Vaccination North-Western Provinces 1866-1877 - 1866-1877
Year: 1866
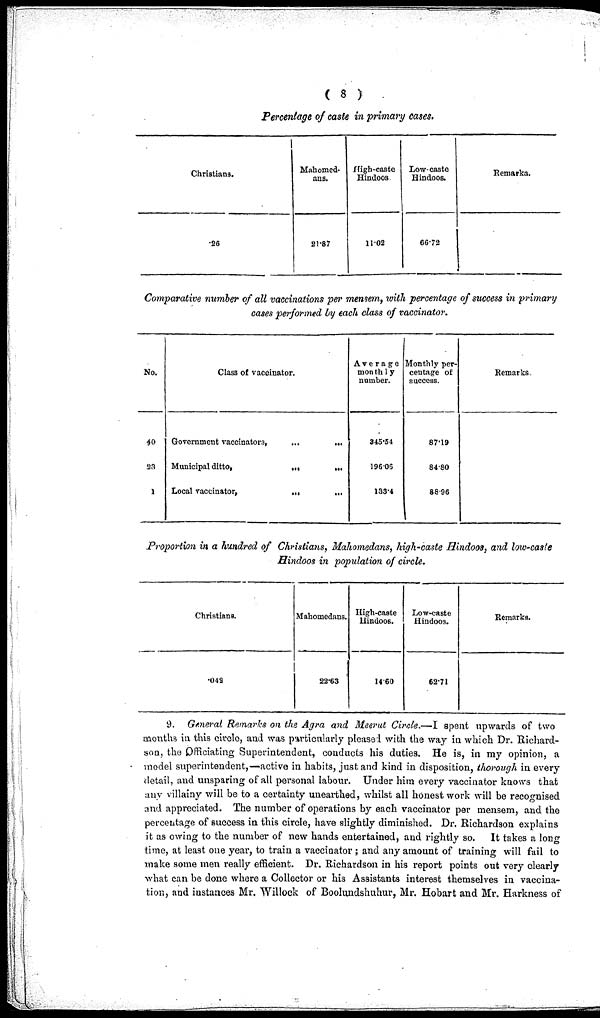
( 8 )
Percentage of caste in primary cases.
Christians.
.26
Mahome-
dous.
21.87
High-caste
Hindoos.
11.02
Low-caste
Hindoos.
66.72
Remarka.
Comparative number of all vaccinations per mensem, with percentage of success in primary
cases performed by each class of vaccinator.
No.
40
23
1
Class of vaccinator.
Government vaccinators,
...
...
Municipal ditto,
...
...
Local vaccinator,
...
...
Average
monthly
number.
345.54
196.06
133.4
Monthly per-
centage of
success.
87.19
84.80
88.96
Remarks
Proportion in a hundred of Christians, Mahomedans, high-caste Hindoos, and low-caste
Hindoos in population of circle.
Christiana.
.042
Mahomedans.
22.63
High-caste
Hindoos.
14.60
Low-caste
Hindoos.
62.71
Remarks.
9. General Remarks on the Agra and Meerut Circle.—I spent upwards of two
months in this circle, and was particularly pleased with the way in which Dr. Richard-
son, the Officiating Superintendent, conducts his duties. He is, in my opinion, a
model superintendent,—active in habits, just and kind in disposition, thorough in every
detail, and unsparing of all personal labour. Under him every vaccinator knows that
any villainy will be to a certainty unearthed, whilst all honest work will be recognised
and appreciated. The number of operations by each vaccinator per mensem, and the
percentage of success in this circle, have slightly diminished. Dr. Richardson explains
it as owing to the number of new hands entertained, and rightly so. It takes a long
time, at least one year, to train a vaccinator ; and any amount of training will fail to
make some men really efficient. Dr. Richardson in his report points out very clearly
what can be done where a Collector or his Assistants interest themselves in vaccina-
tion, and instances Mr. Willock of Boolundshuhur, Mr. Hobart and Mr. Harkness of